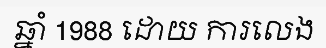
ឆ្នាំ 1988 ដោយ ការលេង